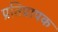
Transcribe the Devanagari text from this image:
प्रतिप्रापक